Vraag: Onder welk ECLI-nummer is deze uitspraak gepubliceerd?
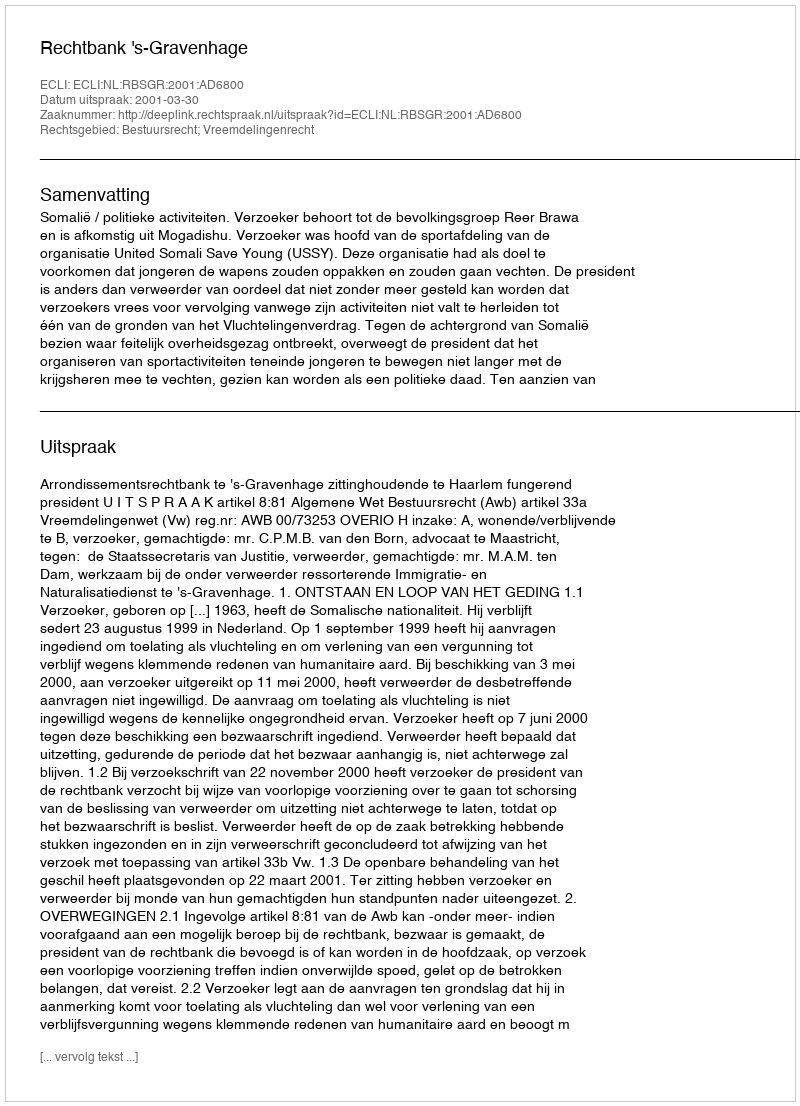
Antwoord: ECLI:NL:RBSGR:2001:AD6800